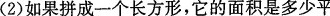
(2)如果拼成一个长方形，它的面积是多少平